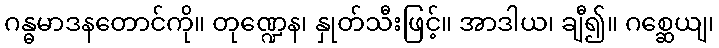
ဂန္ဓမာဒနတောင်ကို။ တုဏ္ဍေန၊ နှုတ်သီးဖြင့်။ အာဒါယ၊ ချီ၍။ ဂစ္ဆေယျ၊